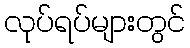
လုပ်ရပ်များတွင်